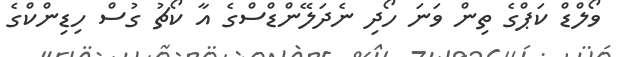
ވޯލްޑް ކަޕްގެ ތިން ވަނަ ހޯދި ނެދަލޭންޑްސްގެ އާ ކޯޗު ގުސް ހިޑިންކްގެ